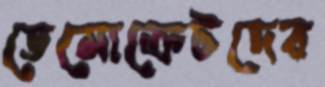
ডেমোক্রেটদের